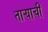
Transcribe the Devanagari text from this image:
ताऱ्‍याची